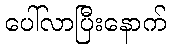
ပေါ်လာပြီးနောက်